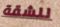
للشقة